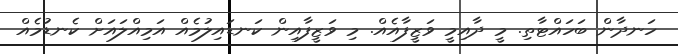
ހަނދާން ބަހައްޓާތި. މީ ދާއިމީ ވަޒީފާއެއް. މި ވަޒީފާއިން ކަނޑައިލުމެއް އަމިއްލައަށް ކެނޑުމެއް